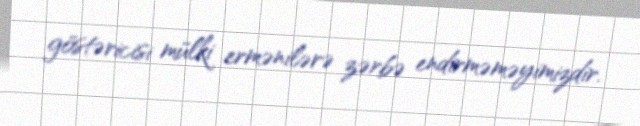
göstəricisi mülki ermənilərə zərbə endirməməyimizdir.